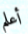
أعلم